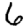
Digit: 6